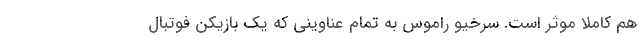
هم کاملاً موثر است. سرخیو راموس به تمام عناوینی که یک بازیکن فوتبال